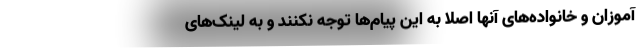
آموزان و خانواده‌های آنها اصلا به این پیام‌ها توجه نکنند و به لینک‌های